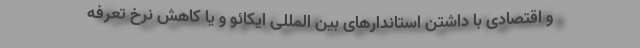
و اقتصادی با داشتن استاندارهای بین المللی ایکائو و یا کاهش نرخ تعرفه